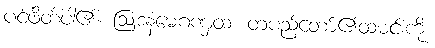
ပင့်ဖိတ်ပါ၏။ ဩဒနံမေဂဏှထ၊ တပည့်တော်၏ထမင်းကို